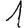
Digit: 1